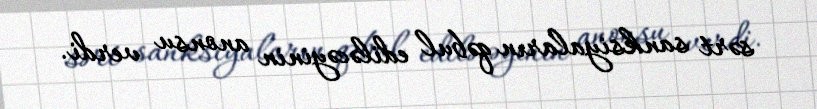
sərt sanksiyaların qəbul ediləcəyinin anonsu verdi.